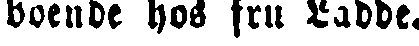
boende hos fru Ladde.